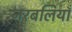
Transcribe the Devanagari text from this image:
नरबलियाँ